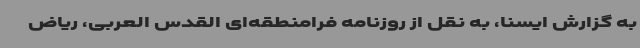
به گزارش ایسنا، به نقل از روزنامه فرامنطقه‌ای القدس العربی، ریاض